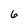
Character: 6